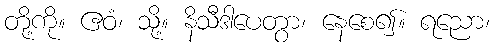
တို့ကို။ ဧဝံ၊ သို့။ နိသီဒါပေတွာ၊ နေစေ၍။ ရညော၊